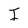
Character: I